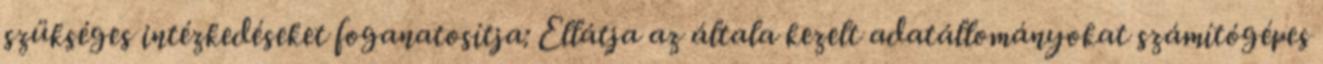
szükséges intézkedéseket foganatosítja: Ellátja az általa kezelt adatállományokat számítógépes